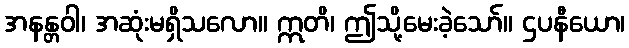
အနန္တဝါ၊ အဆုံးမရှိသလော။ ဣတိ၊ ဤသို့မေးခဲ့သော်။ ဌပနီယော၊